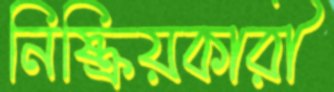
নিষ্ক্রিয়কারী